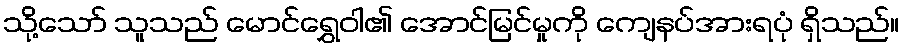
သို့သော် သူသည် မောင်ရွှေဝါ၏ အောင်မြင်မှုကို ကျေနပ်အားရပုံ ရှိသည်။